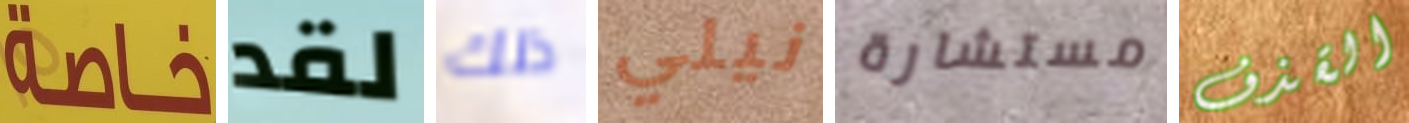
خاصة لقد ذلك نيلي مستشارة القذف